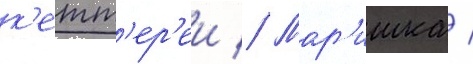
к'етт'ер'еи // Мар'ишка /